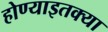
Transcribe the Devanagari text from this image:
होण्याइतक्या